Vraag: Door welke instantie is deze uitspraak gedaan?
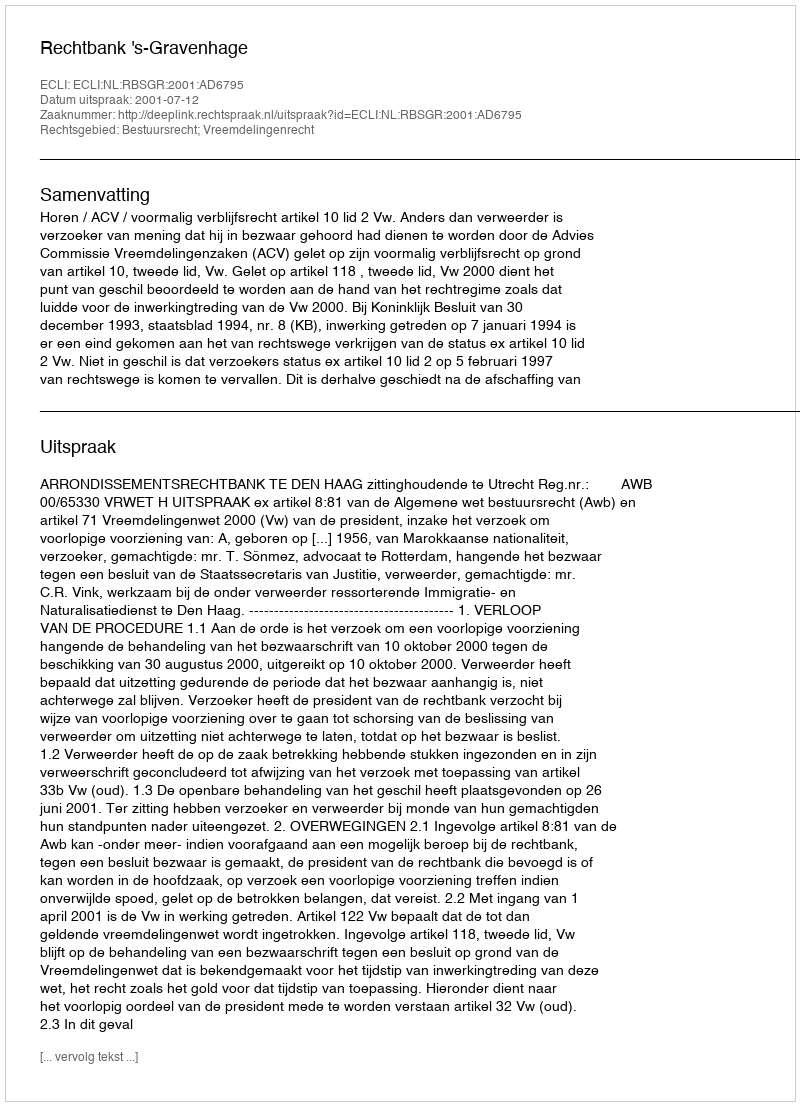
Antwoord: Rechtbank 's-Gravenhage